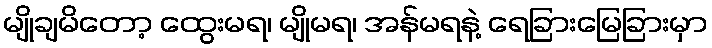
မျိုချမိတော့ ထွေးမရ၊ မျိုမရ၊ အန်မရနဲ့ ရေခြားမြေခြားမှာ